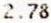
2.78